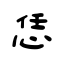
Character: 恁